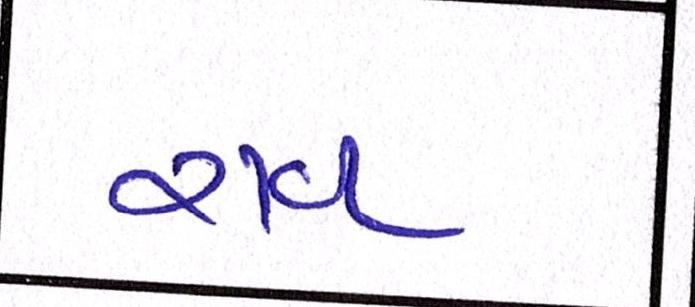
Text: રાવ